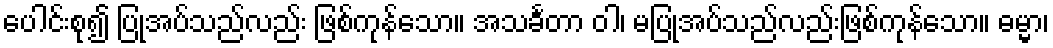
ပေါင်းစု၍ ပြုအပ်သည်လည်း ဖြစ်ကုန်သော။ အသင်္ခတာ ဝါ၊ မပြုအပ်သည်လည်းဖြစ်ကုန်သော။ ဓမ္မာ၊